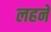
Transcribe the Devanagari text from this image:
लहने